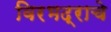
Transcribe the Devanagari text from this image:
विरभद्राचे